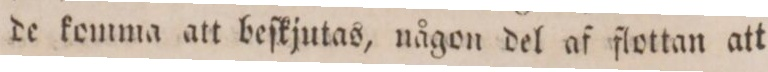
de komma att beſkjutas, någon del af flottan att